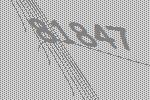
81847